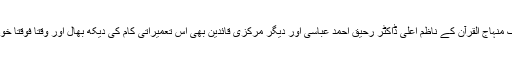
اس کے علاوہ تحریک منہاج القرآن کے ناظم اعلی ڈاکٹر رحیق احمد عباسی اور دیگر مرکزی قائدین بھی اس تعمیراتی کام کی دیکھ بھال اور وقتاً فوقتاً خود جائزہ لے رہے ہیں۔